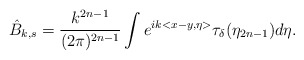
\begin{align*}\hat B_{k,s}=\frac{k^{2n-1}}{(2\pi)^{2n-1}}\int e^{ik<x-y,\eta>}\tau_\delta(\eta_{2n-1})d\eta.\end{align*}